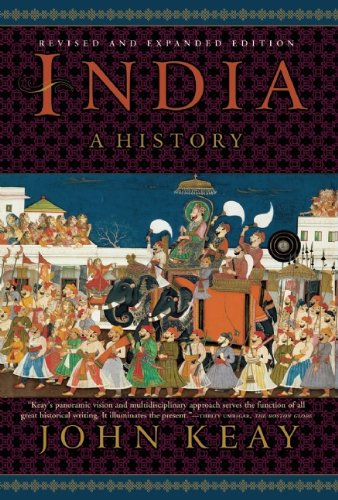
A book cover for India: A History. Revised and Updated; John Keay; History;